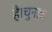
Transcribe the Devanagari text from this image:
है।चुनाव